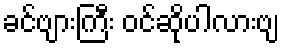
ခင်ဗျားကြီး ဝင်ဆိုပါလားဗျ